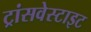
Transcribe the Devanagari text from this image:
ट्रांसवेस्टाइट